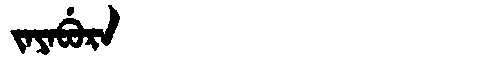
Manchu: ᠵᠠᠶᠠᠪᡠᡵᠠ
Romanization: JAYABURA